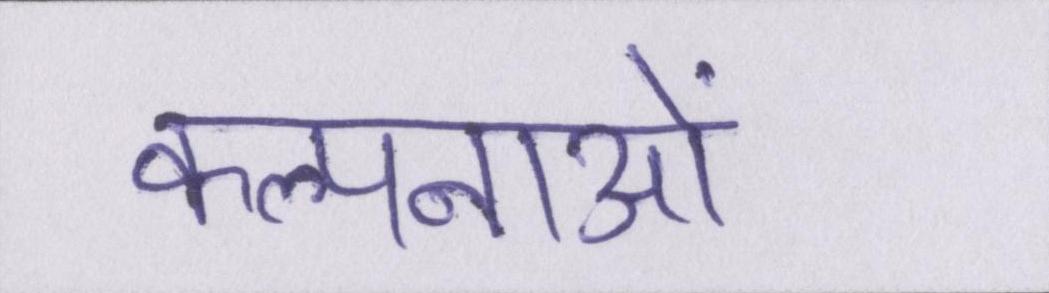
कल्पनाओं